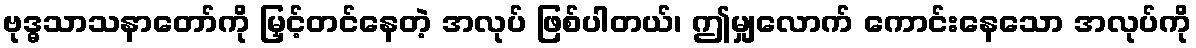
ဗုဒ္ဓသာသနာတော်ကို မြှင့်တင်နေတဲ့ အလုပ် ဖြစ်ပါတယ်၊ ဤမျှလောက် ကောင်းနေသော အလုပ်ကို